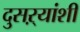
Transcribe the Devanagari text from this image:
दुसऱ्यांशी